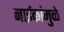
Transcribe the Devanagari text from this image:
नाईकांमुळे